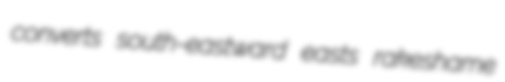
converts south-eastward easts rakeshame